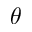
\theta